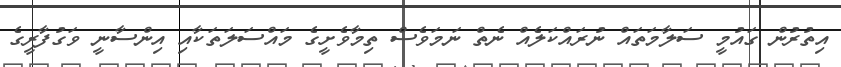
އިތުރުން ގައުމީ ސަލާމަތައް ނުރައްކަލެއް ނެތް ނަމަވެސް ތިމާވެށީގެ މައްސަލަތަކާއި އިންސާނީ ވަގުފާރީގެ